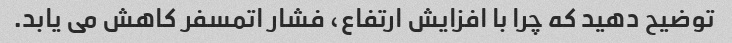
توضیح دهید که چرا با افزایش ارتفاع، فشار اتمسفر کاهش می یابد.